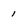
Character: 1